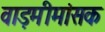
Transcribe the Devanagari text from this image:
वाड़मीमांसक